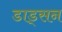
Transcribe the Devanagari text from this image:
डाड्सन